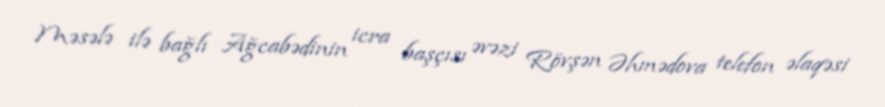
Məsələ ilə bağlı Ağcabədinin icra başçısı əvəzi Rövşən Əhmədova telefon əlaqəsi